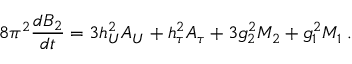
8 \pi ^ { 2 } \frac { d B _ { 2 } } { d t } = 3 h _ { U } ^ { 2 } A _ { U } + h _ { \tau } ^ { 2 } A _ { \tau } + 3 g _ { 2 } ^ { 2 } M _ { 2 } + g _ { 1 } ^ { 2 } M _ { 1 } \; .